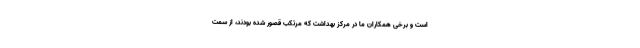
است و برخی همکاران ما در مرکز بهداشت که مرتکب قصور شده بودند، از سمت